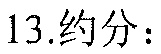
13.约分：